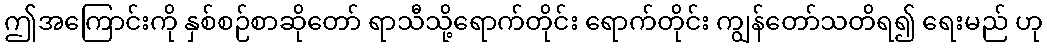
ဤအကြောင်းကို နှစ်စဉ်စာဆိုတော် ရာသီသို့ရောက်တိုင်း ရောက်တိုင်း ကျွန်တော်သတိရ၍ ရေးမည် ဟု